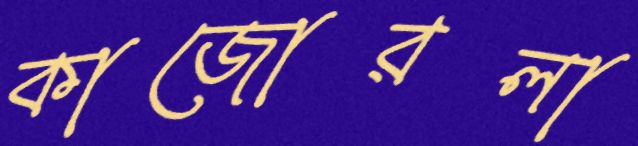
কাজোরলা